Kuressaare_kinnistusamet, lk 4
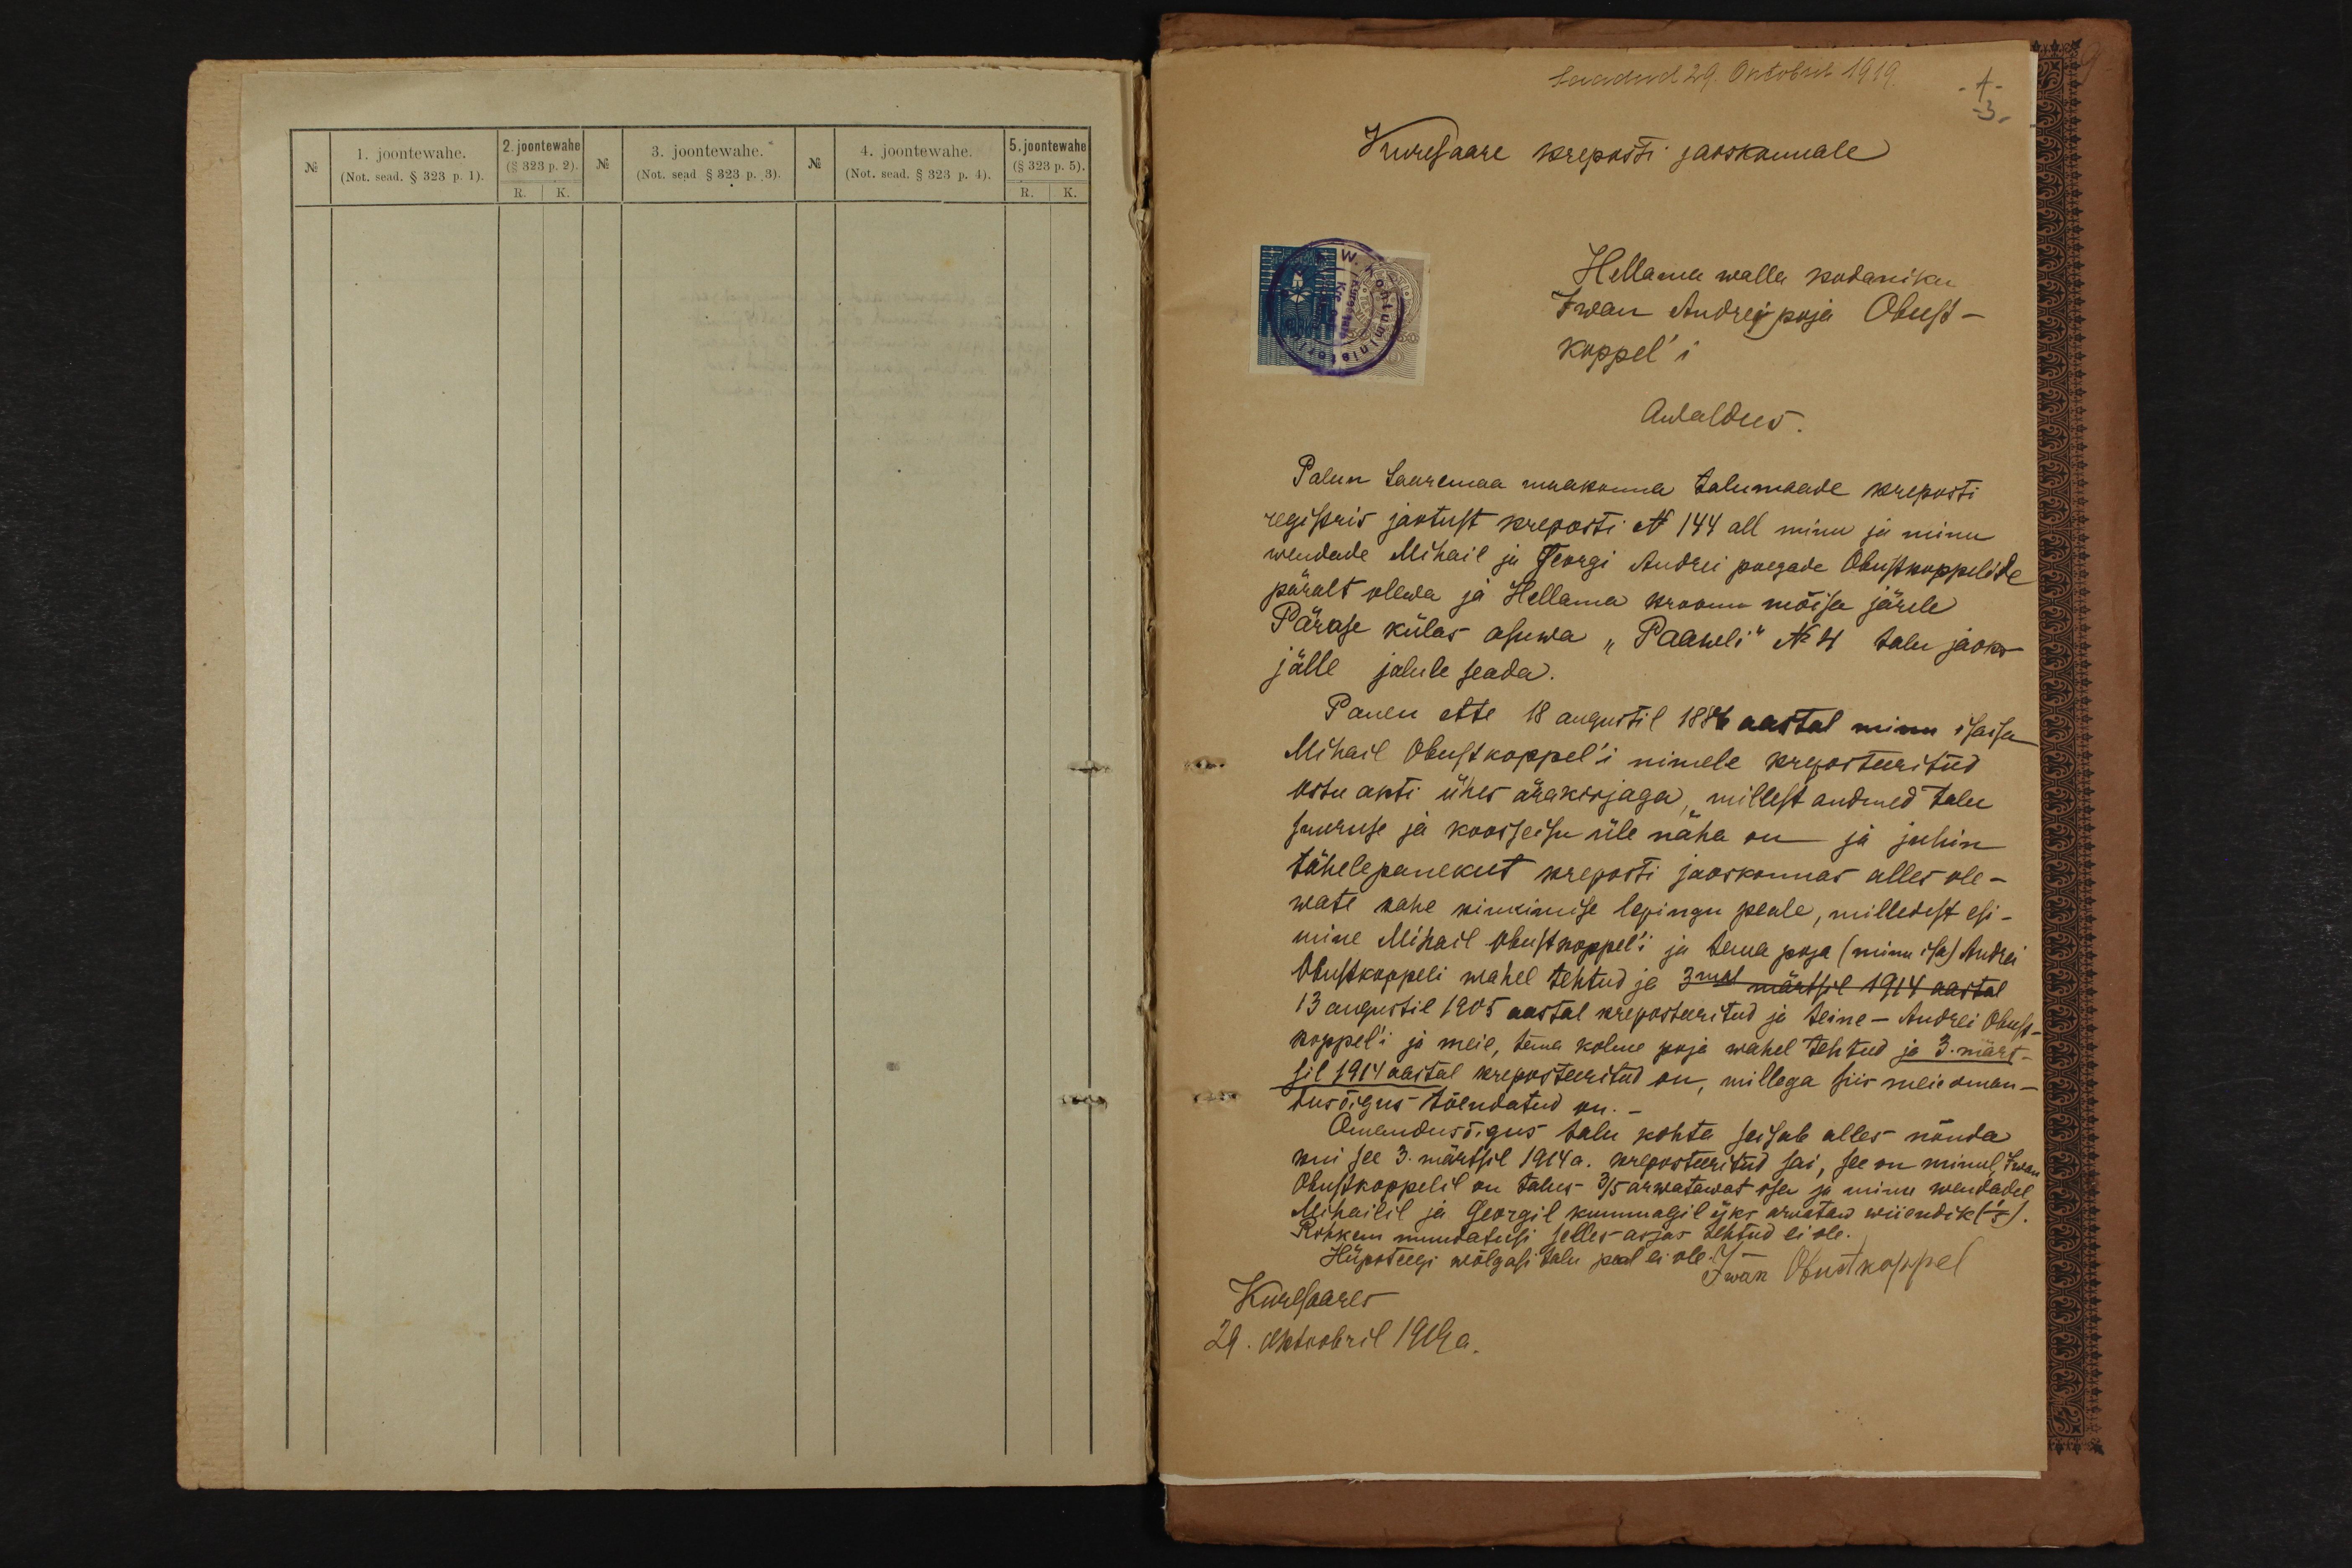
Saadud 29. Oktobril 1919.
3.
Kuresaare kreposti jaoskonnale
Hellama walla kodaniku
Iwan Andrei poja Obust -
koppel'i
Awaldus.
Palun Saaremaa maakonna talumaade kreposti
registris jaotust kreporti N 144 all minu ja minu
wendade Mihail ja Georgi Andrei poegade Obukoppelite
päralt olewa ja Hellama kroonu mõisa järele
Pärase külas asuwa "Paawli" No 4 talu jaoks
jälle jalule seada.
Panen ette 18 augustil 1886 aastal minu isaisa
Mihail Obustkoppel'i nimele kreporteeritud
ostu akti ühes ärakirjaga, millest andmed talu
suuruse ja koosseisu üle näha on ja juhin
tähelepanekut kreposti jaoskonnas alles ole-
wate kahe kinkimise lepingu peale, milledest esi-
mine Mihail Obustkoppel'i ja tema poja (minu isa) Andrei
Obustkoppeli wahel tehtud ja 3mal märtsil 1914 aastal
13 augustil 1905 aastal kreposteeritud ja teine - Andrei Obust-
koppeli ja meie, tema kolme poja wahel tehtud ja 3. märt-
sil 1914 aastal kreposteeritud on, millega siis meie oman-
dusõigus tõendatud on.
Omandusõigus talu kohta saisab alles nõnda
kui see 3. märtsil 1914 a. kreposteeritud sai, see on minul, 7mal
Obustkoppelil on talus 3/5 arwatawat osa ja minu wendadel
Mihailil ja Georgil kummagil üks arwataw wiiendik (1/5).
Rohkem muudatusi selles asjas tehtud ei ole.
Hüpoteegi wõlgasi talu peal ei ole.
Kuresaares
Iwan Obustkoppel
29. Oktoobril 1919 a.

2. joontewahe
5. joontewahe
1. joontewahe
§ 323 p.2
3. joontewahe.
5. joontewahe
4. joontewahe.
No
(Not. sead. § 323 p. 1).
(Not. sead § 323 p. 3).
Not. sead. § 323 p. 4).
(§ 323 p. 5)
R. /K.
R. K.